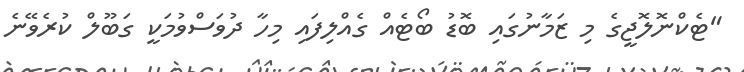
"ޓެކްނޮލޮޖީގެ މި ޒަމާނުގައި ބޮޑު ބޯޓެއް ގެއްލިފައި މިހާ ދުވަސްވުމަކީ ގަބޫލް ކުރެވޭނެ